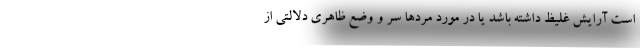
است آرایش غلیظ داشته باشد یا در مورد مردها سر و وضع ظاهری دلالتی از